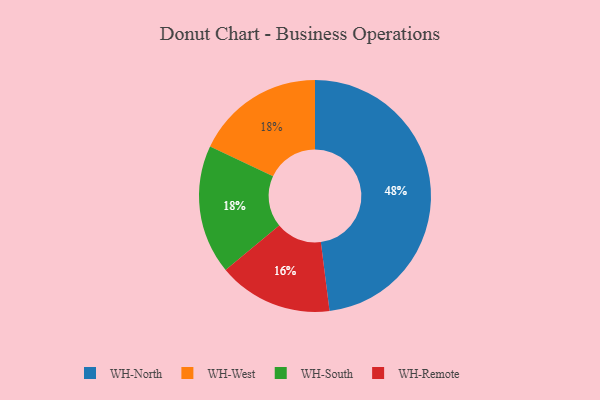
{"axis": {"x": "Category", "y": "Percentage"}, "legend": ["WH-North", "WH-Remote", "WH-South", "WH-West"], "data": [{"x": "WH-West", "y": 18, "type": "WH-West"}, {"x": "WH-Remote", "y": 16, "type": "WH-Remote"}, {"x": "WH-North", "y": 48, "type": "WH-North"}, {"x": "WH-South", "y": 18, "type": "WH-South"}]}